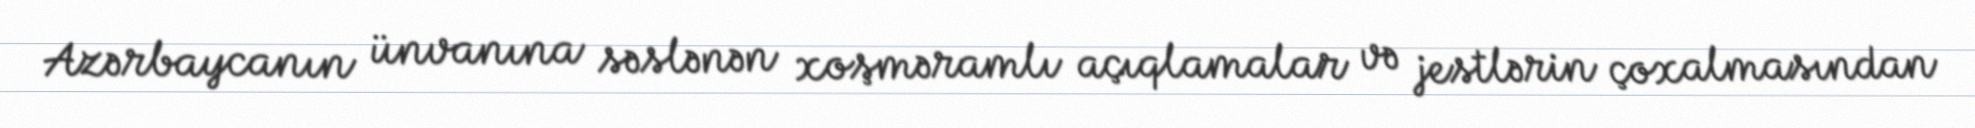
Azərbaycanın ünvanına səslənən xoşməramlı açıqlamalar və jestlərin çoxalmasından